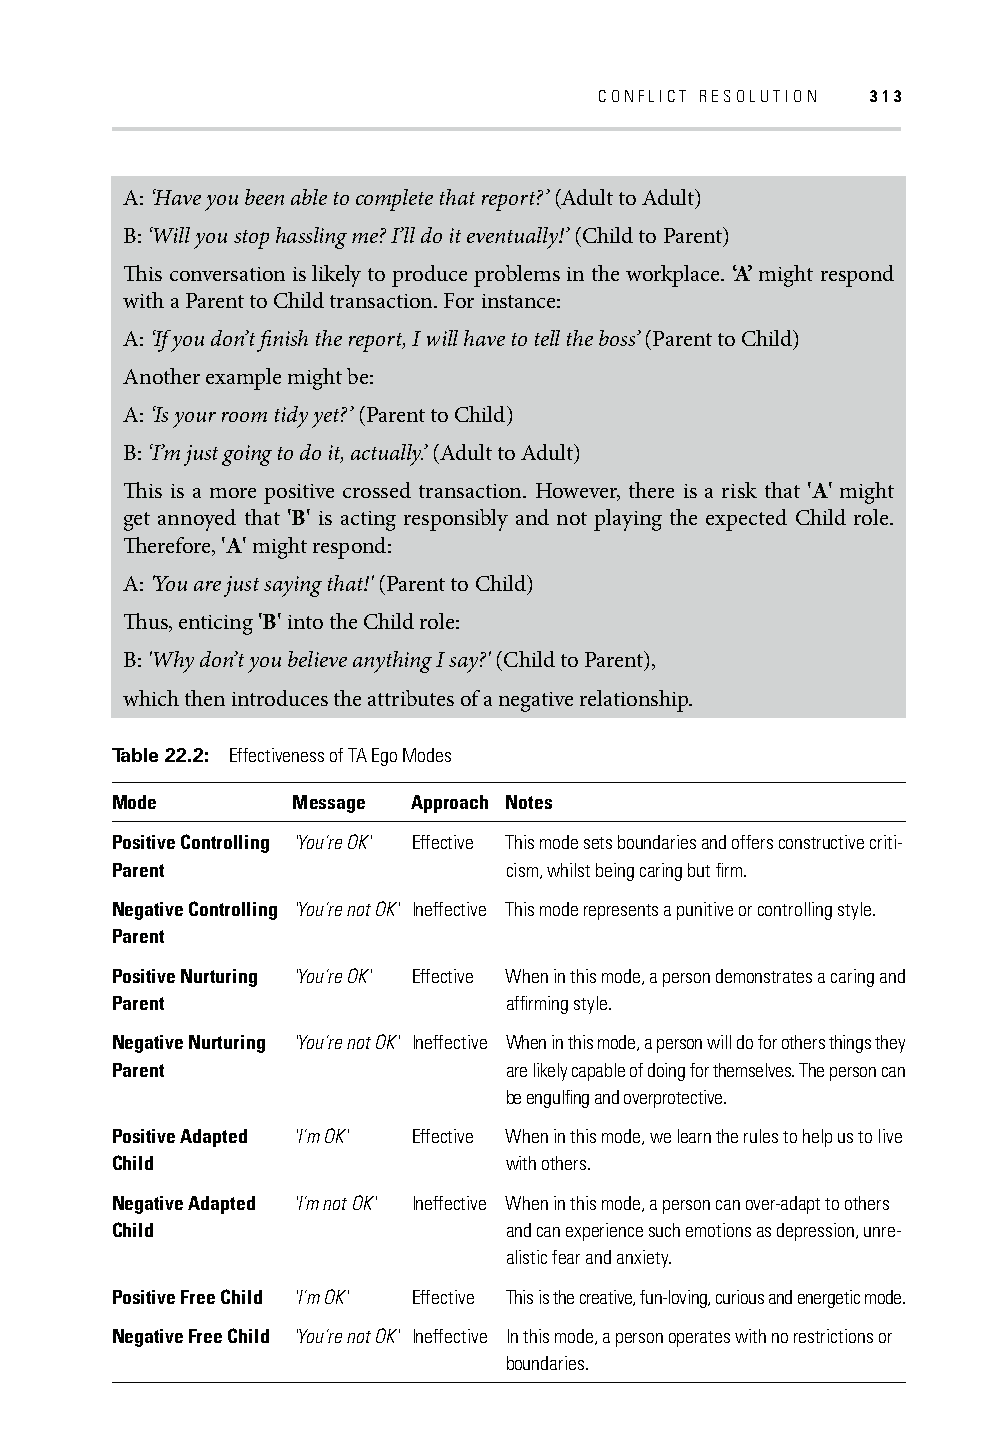
CONFLICT RESOLUTION 313
 A: ‘Have you been able to complete that report?’ (Adult to Adult)
 B: ‘Will you stop hassling me? I’ll do it eventually!’ (Child to Parent)
 Th is conversation is likely to produce problems in the workplace. ‘A’ might respond
 with a Parent to Child transaction. For instance:
 A: ‘If you don’t fi nish the report, I will have to tell the boss’ (Parent to Child)
 Another example might be:
 A: ‘Is your room tidy yet?’ (Parent to Child)
 B: ‘I’m just going to do it, actually.’ (Adult to Adult)
 Th is is a more positive crossed transaction. However, there is a risk that 'A' might
 get annoyed that 'B' is acting responsibly and not playing the expected Child role.
 Th erefore, 'A' might respond:
 A: 'You are just saying that!' (Parent to Child)
 Th us, enticing 'B' into the Child role:
 B: 'Why don’t you believe anything I say?' (Child to Parent),
 which then introduces the attributes of a negative relationship.
 Table 22.2: Effectiveness of TA Ego Modes
 Mode        Message Approach Notes
 Positive Controlling 'You’re OK' Effective This mode sets boundaries and offers constructive criti-
 Parent                    cism, whilst being caring but fi rm.
 Negative Controlling 'You’re not OK' Ineffective This mode represents a punitive or controlling style.
 Parent
 Positive Nurturing 'You’re OK' Effective When in this mode, a person demonstrates a caring and
 Parent                    affi rming style.
 Negative Nurturing 'You’re not OK' Ineffective When in this mode, a person will do for others things they
 Parent                    are likely capable of doing for themselves. The person can
 be engulfi ng and overprotective.
 Positive Adapted 'I’m OK' Effective When in this mode, we learn the rules to help us to live
 Child                     with others.
 Negative Adapted 'I’m not OK' Ineffective When in this mode, a person can over-adapt to others
 Child                     and can experience such emotions as depression, unre-
 alistic fear and anxiety.
 Positive Free Child 'I’m OK' Effective This is the creative, fun-loving, curious and energetic mode.
 Negative Free Child 'You’re not OK' Ineffective In this mode, a person operates with no restrictions or
 boundaries.